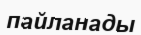
пайланады